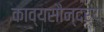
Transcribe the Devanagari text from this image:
काव्यसौन्दर्य